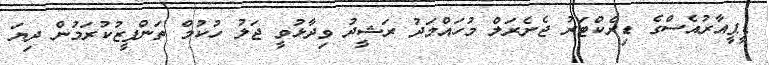
ޑީޕީއާރުއެސްގެ ޑިރެކްޓަރު ޖެނެރަލް މުހައްމަދު ރަޝީދު ވިދާޅުވީ ޖަލު ހުކުމް ތަންފީޒުކުރަމުން ދިޔަ